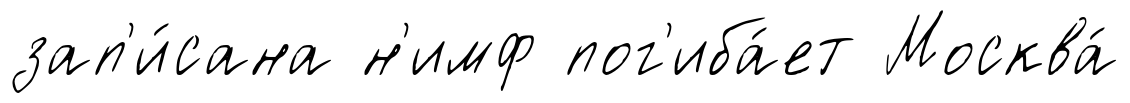
зап'и́сана н'имф пог'иба́ет Москва́